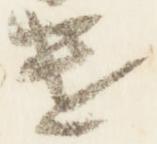
遣